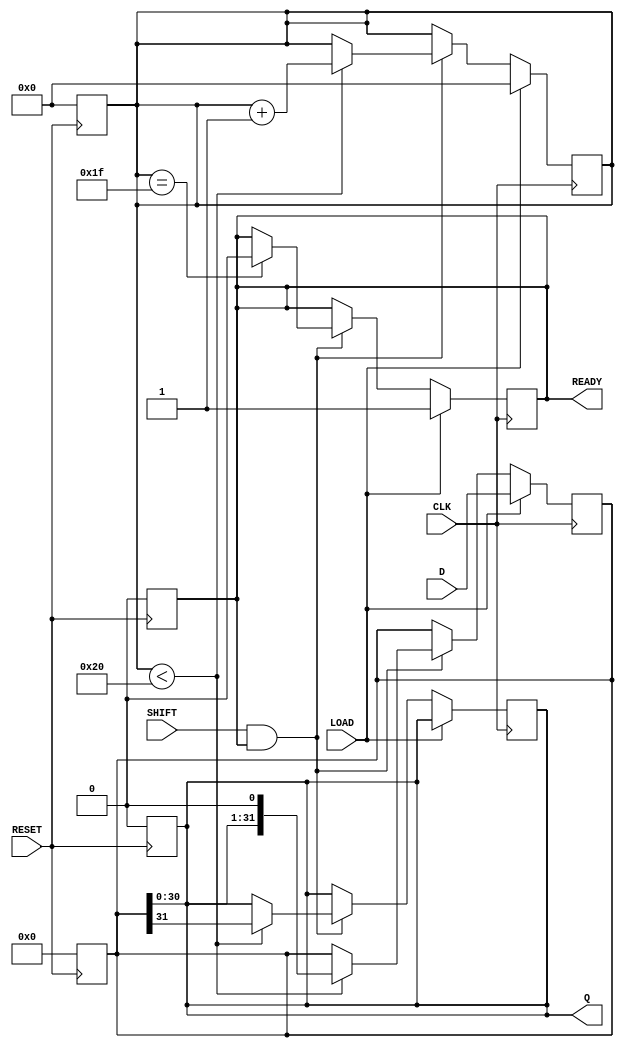
module PISO_Register (
    input wire [31:0] D,       // 32-bit Data Input
    input wire LOAD,           // Load control signal
    input wire CLK,            // Clock signal
    input wire SHIFT,          // Shift control signal
    input wire RESET,          // Asynchronous reset signal
    output reg Q,              // Serial Output
    output reg READY           // Data Ready signal (optional)
);

    reg [31:0] storage;         // 32-bit storage register
    reg [5:0] bit_count;        // Counter for bits shifted out

    // Asynchronous Reset
    always @(posedge RESET) begin
        storage <= 32'b0;       // Clear the storage register
        Q <= 1'b0;              // Set serial output to low
        bit_count <= 6'b0;      // Reset bit count
        READY <= 1'b0;          // Not ready after reset
    end

    // Parallel Load and Shift Operation
    always @(posedge CLK) begin
        if (LOAD) begin
            storage <= D;        // Load data into storage register
            bit_count <= 6'b0;   // Reset the bit count
            READY <= 1'b1;       // Set READY high
        end
        else if (SHIFT && READY) begin
            if (bit_count < 32) begin
                Q <= storage[31]; // Output MSB
                storage <= {storage[30:0], 1'b0}; // Shift left
                bit_count <= bit_count + 1; // Increment bit count
            end
            if (bit_count == 31) begin
                READY <= 1'b0;    // Reset READY when all bits shifted out
            end
        end
    end

endmodule